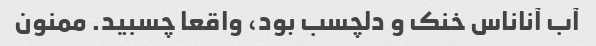
آب آناناس خنک و دلچسب بود، واقعا چسبید. ممنون